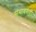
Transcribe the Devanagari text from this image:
संभावनाही